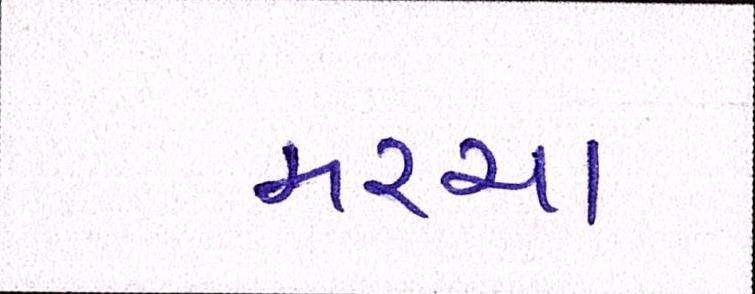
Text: મરચા